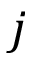
j